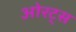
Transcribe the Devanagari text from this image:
ओरट्स